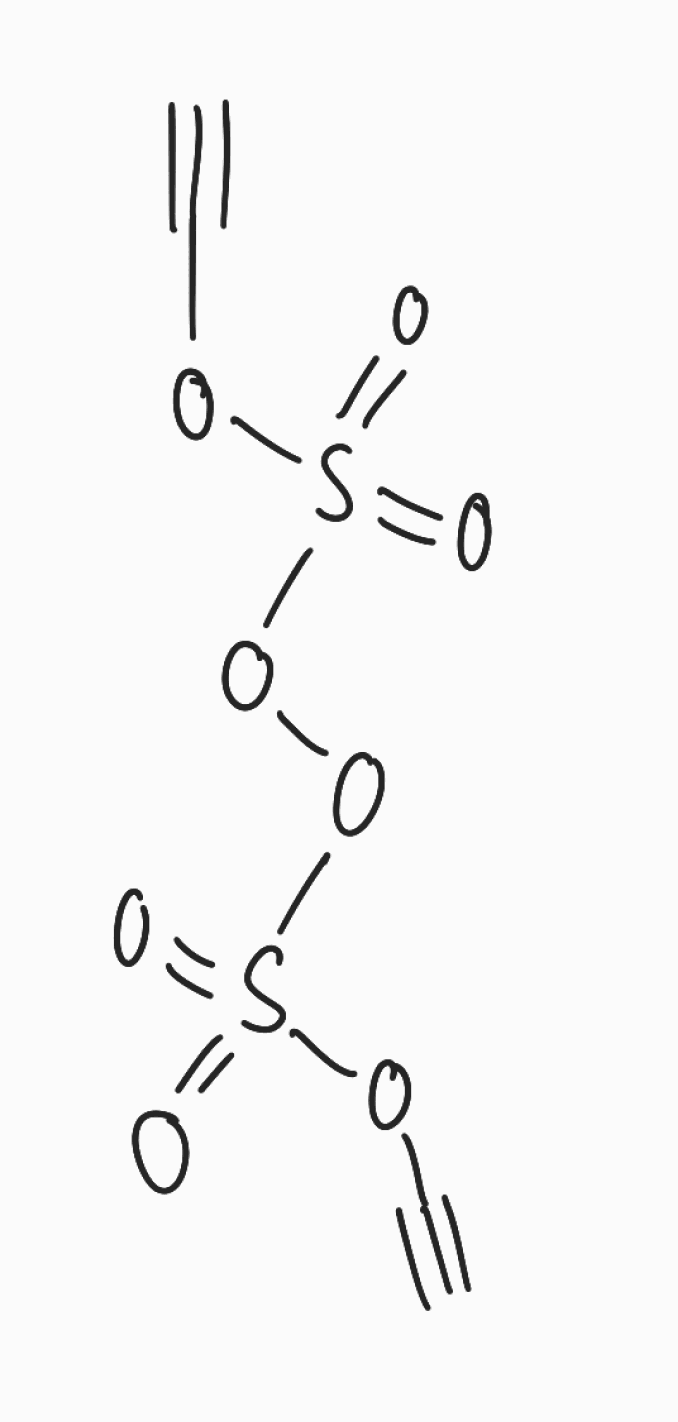
Simplified molecular-input line-entry system (SMILES) notation of the given molecule:
C#COS(=O)(=O)OOS(=O)(=O)OC#C